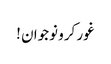
غور کرو نوجوان !